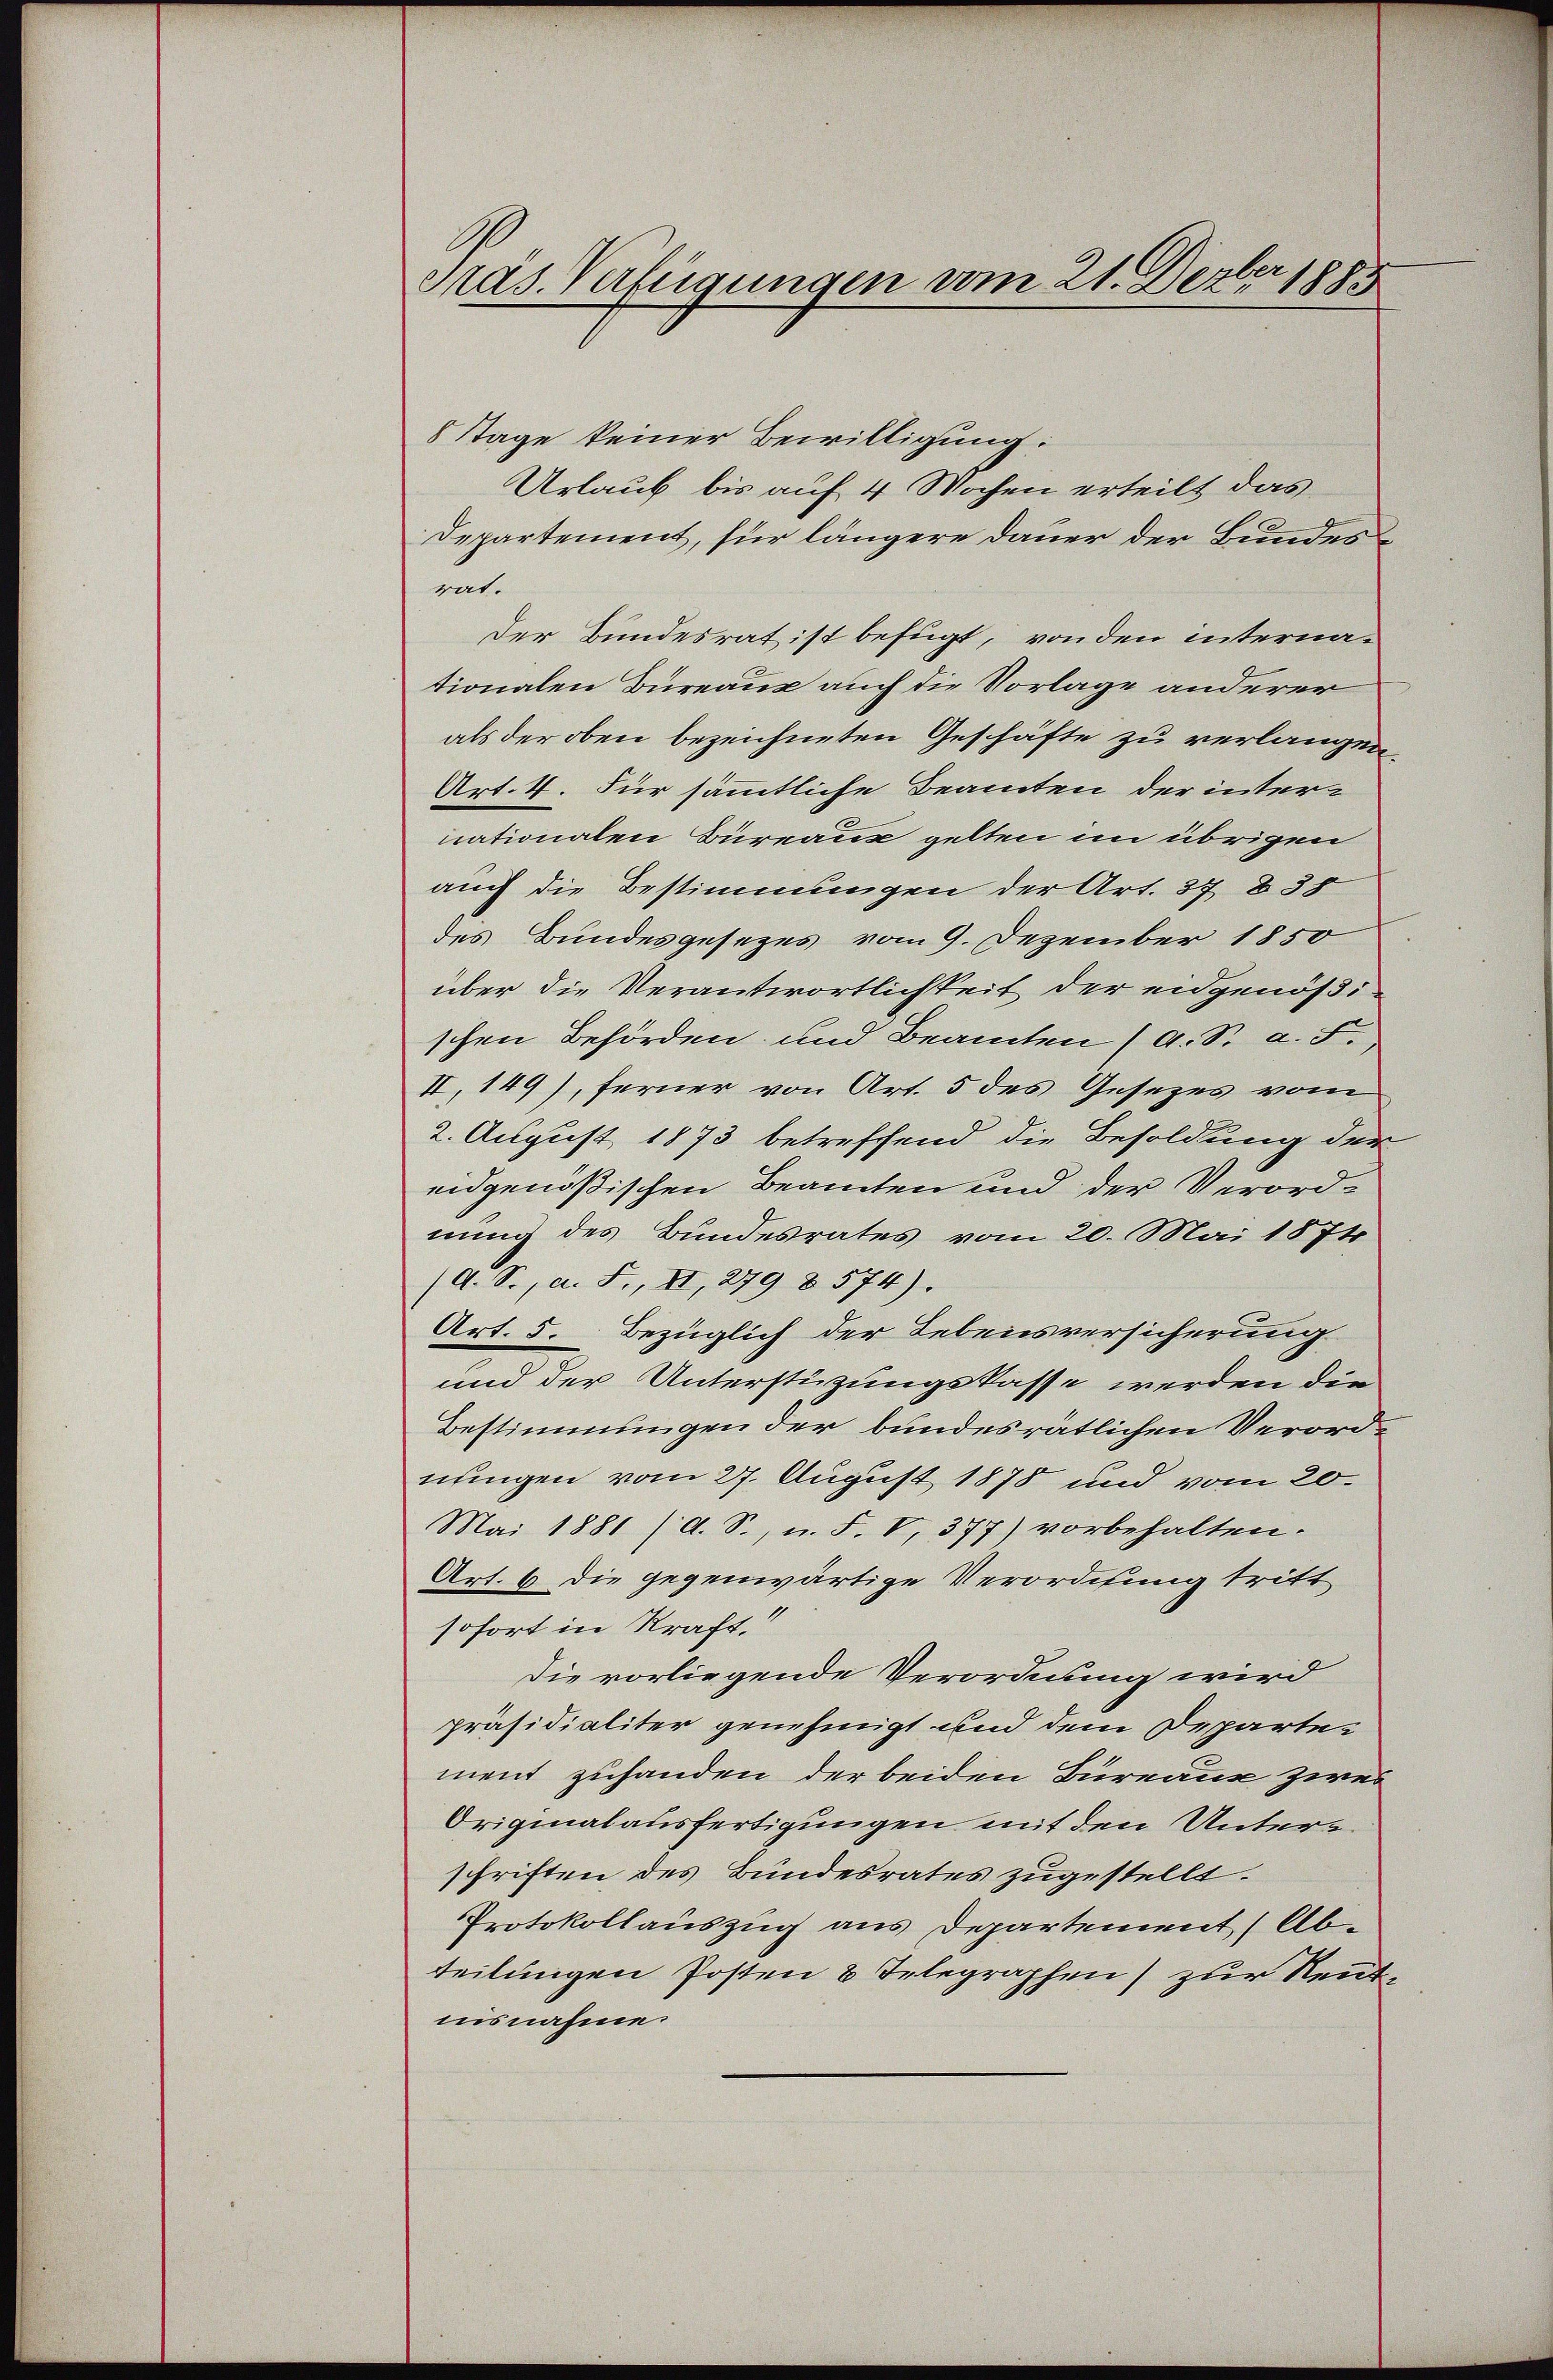
Pras. Verfügungen vom 21. Dezbr 1885

8 Tage keiner Bewilligung:
Urlaub bis auf 4 Wochen erteilt das
Departement, für längere Dauer der Bundesrat.
Der Bundesrat ist befugt, von den internationalen Bureaus auch die Vorlage anderer
als der oben bezeichneten Geschäfte zu verlangen,
Art. 4. Für sämmtliche Beamten der inter-
nationalen Bureaus gelten im übrigen
auch die Bestimmungen der Art. 37 § 35
des Bundesgesezes vom 9. Dezember 1850
über die Verantwortlichkeit der eidgenößischen Behörden und Beamten (d. S. a. F.,
II, 149), ferner von Art. 5 des Gesezes vom
2. August 1873 betreffend die Besoldung der
eidgenößischen Beamten und der Verordnung des Bundesrates vom 20. Mai 1874
/d. S., a. F., II, 279 § 574).
Art. 5. Bezüglich der Lebensversicherung
und der Unterstüzungskasse werden die
Bestimmungen der bundesrätlichen Verordnungen vom 27. August 1878 und vom 20.
Mai 1881 (d. S., u. F. V. 377) vorbehalten.
Art. 6 die gegenwärtige Verordnung tritt
sofort in Kraft.“
Die vorliegende Verordnung wird
präsidialiter genehmigt und dem Departement zuhanden der beiden Bureaus zwei
Originalausfertigungen mit den Unterschriften des Bundesrates zugestellt.
Protokollauszug aus Departement (Ab-
teilungen Posten 8 Telegraphen) zur Rentnisnahme.